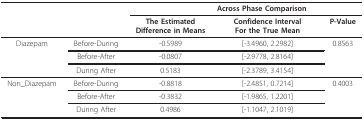
<table><thead><tr><td></td><td></td><td></td><td><b>Across Phase Comparison</b></td><td></td></tr><tr><td></td><td></td><td><b>The EstimatedDifference in Means</b></td><td><b>Confidence IntervalFor the True Mean</b></td><td><b>P-Value</b></td></tr></thead><tbody><tr><td>Diazepam</td><td>Before-During</td><td>-0.5989</td><td>[-3.4960, 2.2982]</td><td>0.8563</td></tr><tr><td></td><td>Before-After</td><td>-0.0807</td><td>[-2.9778, 2.8164]</td><td></td></tr><tr><td></td><td>During After</td><td>0.5183</td><td>[-2.3789, 3.4154]</td><td></td></tr><tr><td>Non_Diazepam</td><td>Before-During</td><td>-0.8818</td><td>[-2.4851, 0.7214]</td><td>0.4003</td></tr><tr><td></td><td>Before-After</td><td>-0.3832</td><td>[-1.9865, 1.2201]</td><td></td></tr><tr><td></td><td>During After</td><td>0.4986</td><td>[-1.1047, 2.1019]</td><td></td></tr></tbody></table>